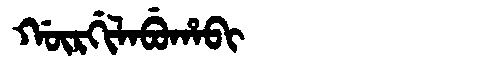
Manchu: ᡤᡡᡵᡤᡳᠯᠠᠪᡠᡥᠠᠪᡳ
Romanization: GŪRGILABUHABI